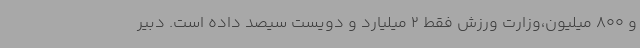
و 800 میلیون،وزارت ورزش فقط 2 میلیارد و دویست سیصد داده است. دبیر